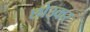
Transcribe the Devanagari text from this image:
छोउकर